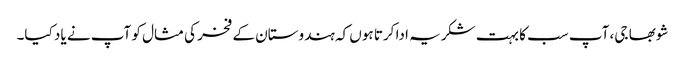
شوبھا جی، آپ سب کا بہت شکریہ ادا کرتا ہوں کہ ہندوستان کے فخر کی مثال کو آپ نے یاد کیا۔